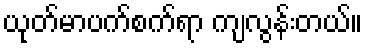
ယုတ်မာပက်စက်ရာ ကျလွန်းတယ်။